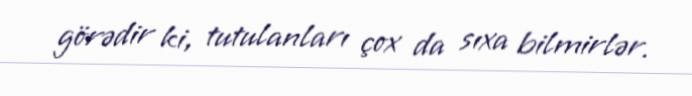
görədir ki, tutulanları çox da sıxa bilmirlər.